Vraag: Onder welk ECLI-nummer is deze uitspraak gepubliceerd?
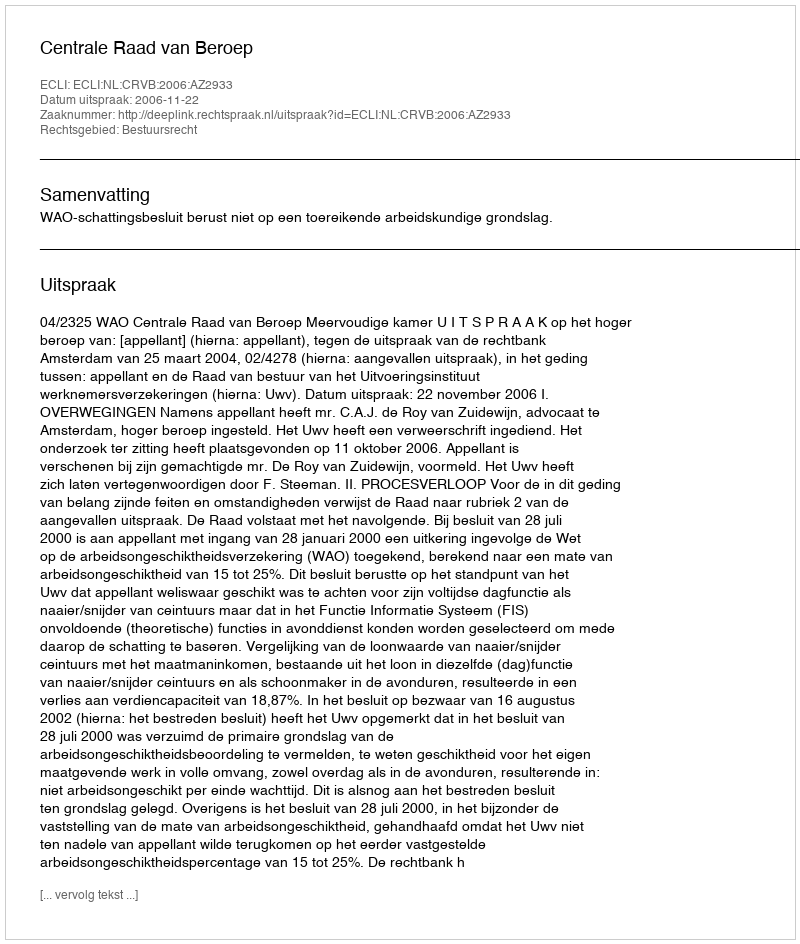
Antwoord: ECLI:NL:CRVB:2006:AZ2933